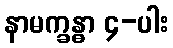
နာမက္ခန္ဓာ ၄-ပါး